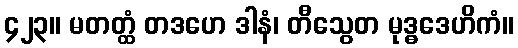
၄၂၃။ မတတ္ထံ တဒဟေ ဒါနံ၊ တီသွေတ မုဒ္ဓဒေဟိကံ။